Vaccination in Bombay 1889-1901 - 1889-1901
Year: 1889
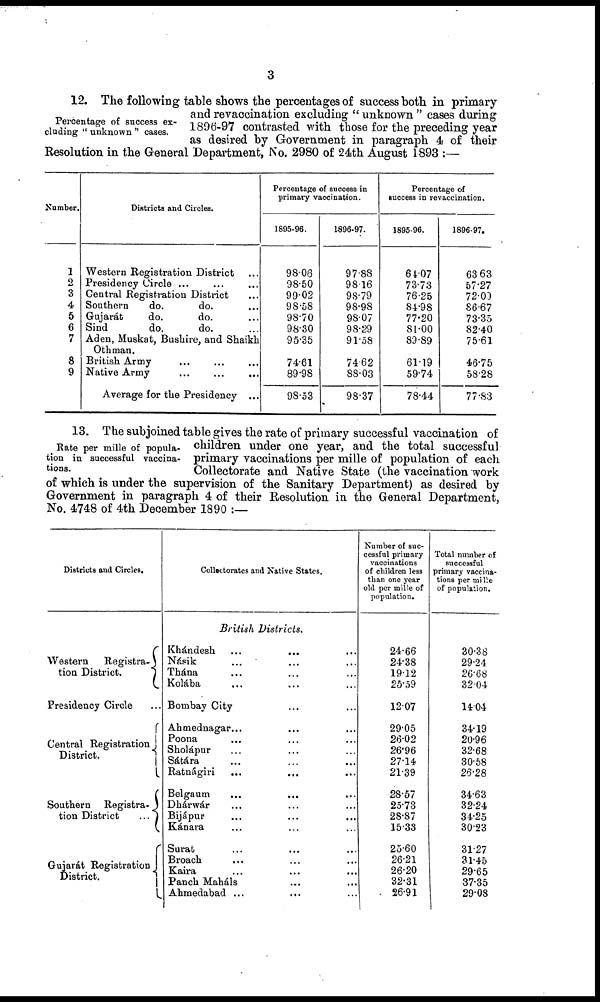
3
Percentage of success ex-
cluding " unknown " cases.
12. The following table shows the percentages of success both in primary
and revaccination excluding " unknown " cases during
1896-97 contrasted with those for the preceding year
as desired by Government in paragraph 4 of their
Resolution in the General Department, No. 2980 of 24th August 1893 :—
Number.
1
2
3
4
5
6
7
8
9
Districts and Circles.
Western Registration District ...
Presidency Circle ... ... ...
Central Registration District ...
Southern
do.
do. ...
Gujarát
do.
do. ...
Sind
do.
do. ...
Aden, Muskat, Bushire, and Shaikh
Othman.
British Army ... ... ...
Native Army ... ... ...
Average for the Presidency ...
Percentage of success in
primary vaccination.
1895-96.
98.08
98.50
99.02
98.58
98.70
98.30
95.35
74.61
89.98
98.53
1896-97.
97.88
98.16
98.79
98.98
98.07
98.29
91.58
74.62
88.03
98.37
Percentage of
success in revaccination.
1895-96.
64.07
73.73
76.25
84.98
77.20
81.00
89.89
61.19
59.74
78.44
1896-97.
63.63
57.27
72.00
86.67
73.35
82.40
75.61
46.75
58.28
77.83
Rate per mille of popula-
tion in successful vaccina-
tions.
13. The subjoined table gives the rate of primary successful vaccination of
children under one year, and the total successful
primary vaccinations per mille of population of each
Collectorate and Native State (the vaccination work
of which is under the supervision of the Sanitary Department) as desired by
Government in paragraph 4 of their Resolution in the General Department,
No. 4748 of 4th December 1890 :—
Districts and Circles.
Western
Registra¬
tion District.
Presidency Circle ...
Central Registration
District.
Southern Registra¬
tion District
...
Gujarát Registration
District.
Collectorates and Native States.
British Districts.
Khándesh ... ... ...
Násik ... ... ...
Thána ... ... ...
Kolába ... ... ...
Bombay City ... ...
Ahmednagar... ... ...
Poona ... ... ...
Sholápur ... ... ...
Sátára ... ... ...
Ratnágiri ... ... ...
Belgaum ... ... ...
Dhárwár ... ... ...
Bijápur ... ... ...
Kánara ... ... ...
Surat ... ... ...
Broach ... ... ...
Kaira ... ... ...
Panch Maháls ... ...
Ahmedabad ...
... ...
Number of suc-
cessful primary
vaccinations
of children less
than one year
old per mille of
population.
24.66
24.38
19.12
25.59
12.07
29.05
26.02
26.96
27.14
21.39
28.57
25.73
28.87
15.33
25.60
26.21
26.20
32.31
26.91
Total number of
successful
primary vaccina-
tions per mille
of population.
30.38
29.24
26.68
32.04
14.04
34.19
20.96
32.68
30.58
26.28
34.63
32.24
34.25
30.23
31.27
31.45
29.65
37.35
29.08